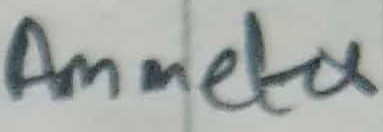
Text: Ammeter